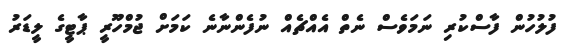
ފުލުހުން ފާސްކުރި ނަމަވެސް ނެތް އެއްޗެއް ނުފެންނާނެ ކަމަށް ޖުމްހޫރީ ޕާޓީގެ ލީޑަރު